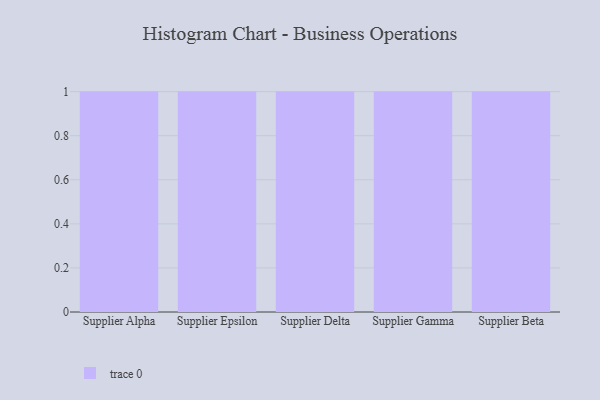
{"axis": {"x": "Supplier", "y": "Energy Usage (MWh)"}, "legend": [""], "data": [{"x": "Supplier Alpha", "y": 65, "type": ""}, {"x": "Supplier Epsilon", "y": 7, "type": ""}, {"x": "Supplier Delta", "y": 54, "type": ""}, {"x": "Supplier Gamma", "y": 100, "type": ""}, {"x": "Supplier Beta", "y": 70, "type": ""}]}